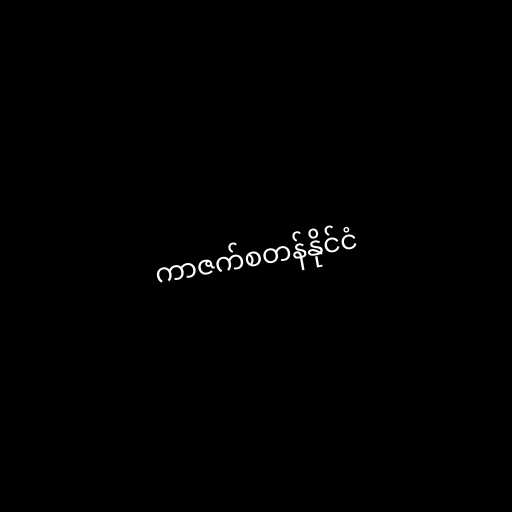
ကာဇက်စတန်နိုင်ငံ